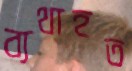
ব্যথাহত